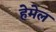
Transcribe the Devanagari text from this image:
हेमेल